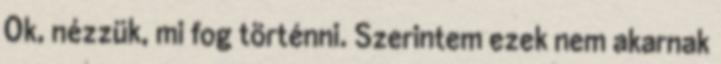
Ok, nézzük, mi fog történni. Szerintem ezek nem akarnak